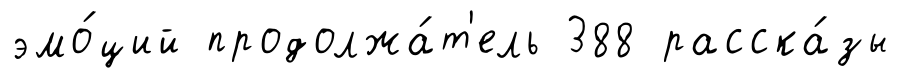
эмо́ций продолжа́т'ель 388 расска́зы